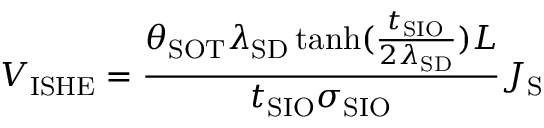
V _ { \mathrm { { I S H E } } } = \frac { \theta _ { \mathrm { { S O T } } } \lambda _ { \mathrm { { S D } } } \operatorname { t a n h } ( \frac { t _ { \mathrm { { S I O } } } } { 2 \lambda _ { \mathrm { { S D } } } } ) L } { t _ { \mathrm { { S I O } } } \sigma _ { \mathrm { { S I O } } } } J _ { \mathrm { { S } } }